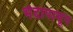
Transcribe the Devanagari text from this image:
भेदापासून